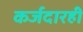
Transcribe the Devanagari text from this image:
कर्जदारही